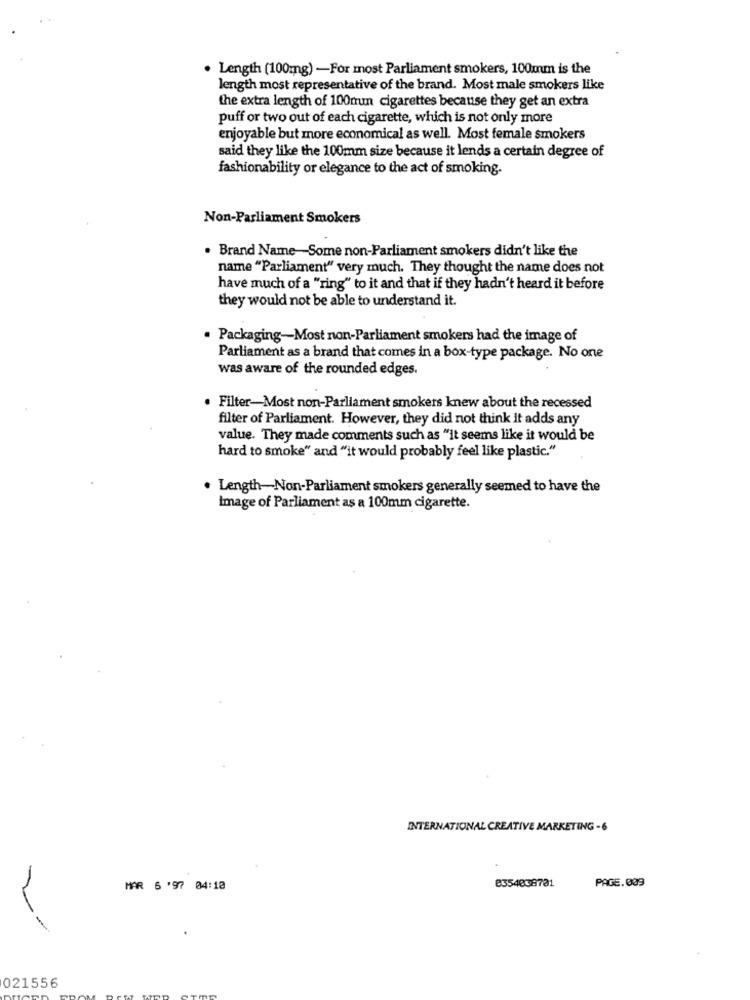
. Length (100mg) -For most Parliament smokers, 100mm is the
length most representative of the brand. Most male smokers like
the extra length of 100mrun cigarettes because they get an extra
puff or two out of each cigarette, which is not only more
enjoyable but more economical as well. Most female smokers
said they like the 100mm size because it lends a certain degree of
fashionability or elegance to the act of smoking.
Non-Parliament Smokers
. Brand Name-Some non-Parliament smokers didn't like the
name "Parliament" very much. They thought the name does not
have much of a "ring" to it and that if they hadn't heard it before
they would not be able to understand it.
. Packaging-Most non-Parliament smokers had the image of
Parliament as a brand that comes in a box-type package. No one
was aware of the rounded edges.
. Filter-Most non-Parliament smokers knew about the recessed
filter of Parliament. However, they did not think it adds any
value. They made comments such as "it seems like it would be
hard to smoke" and "it would probably feel like plastic."
. Length-Non-Parliament smokers generally seemed to have the
Image of Parliament as a 100mm cigarette.
INTERNATIONAL CREATIVE MARKETING-6
PAGE.009
MAR 6 '97 04:10
8554838781
021556